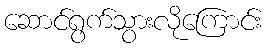
ဆောင်ရွက်သွားလိုကြောင်း